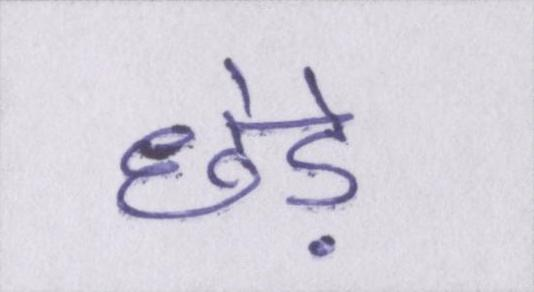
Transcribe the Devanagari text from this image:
छेड़े